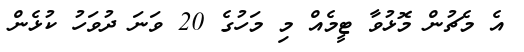
އެ މެޗުން މޮޅުވާ ޓީމެއް މި މަހުގެ 20 ވަނަ ދުވަހު ކުޅެން